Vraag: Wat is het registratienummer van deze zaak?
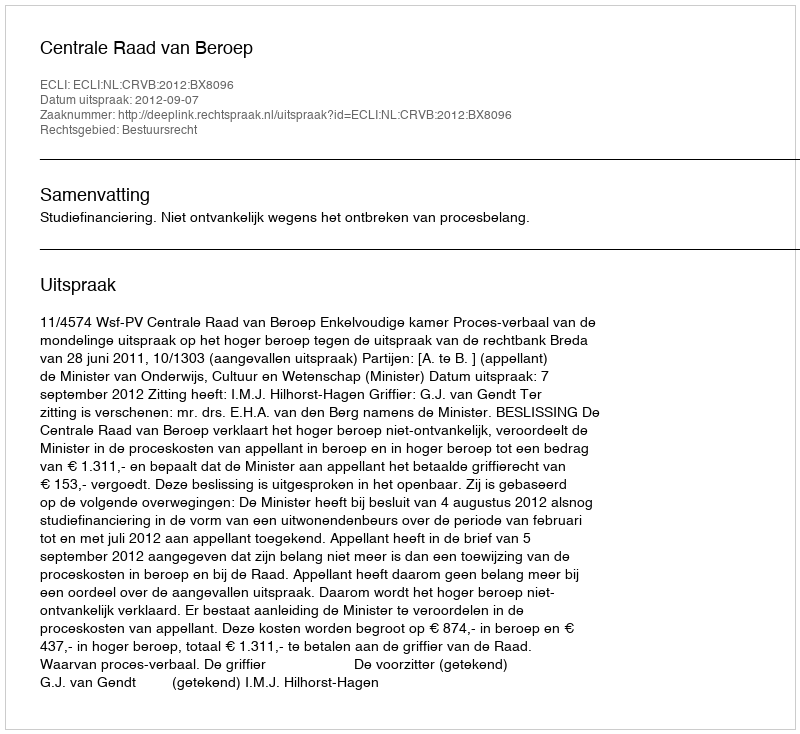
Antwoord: http://deeplink.rechtspraak.nl/uitspraak?id=ECLI:NL:CRVB:2012:BX8096